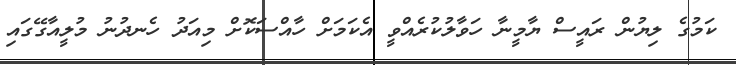
ކަމުގެ ލިޔުން ރައީސް ޔާމީނާ ހަވާލުކުރެއްވީ އެކަމަށް ހާއްސަކޮށް މިއަދު ހެނދުނު މުލީއާގޭގައި